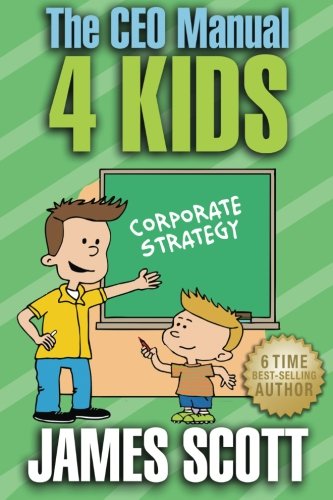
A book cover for The CEO Manual 4 Kids; James Scott; Business & Money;